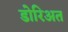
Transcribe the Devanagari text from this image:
डोरिअत